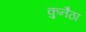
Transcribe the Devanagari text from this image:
कुनैठा